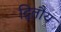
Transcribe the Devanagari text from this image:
द्वितौय